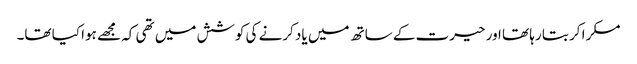
مسکرا کر بتا رہا تھا اور حیرت کے ساتھ میں یاد کرنے کی کوشش میں تھی کہ مجھے ہوا کیا تھا۔